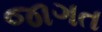
જાગત